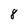
Character: 8